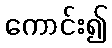
ကောင်း၍